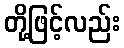
တို့ဖြင့်လည်း